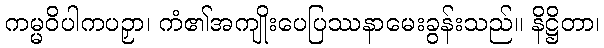
ကမ္မဝိပါကပဉှာ၊ ကံ၏အကျိုးပေပြဿနာမေးခွန်းသည်။ နိဋ္ဌိတာ၊